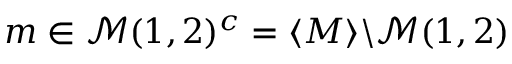
m \in \mathcal { M } ( 1 , 2 ) ^ { c } = \langle M \rangle \backslash \mathcal { M } ( 1 , 2 )